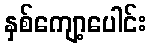
နှစ်ကျော့ပေါင်း